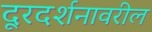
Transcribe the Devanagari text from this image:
दूरदर्शनावरील